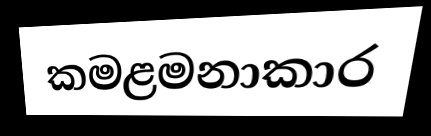
කමළමනාකාර